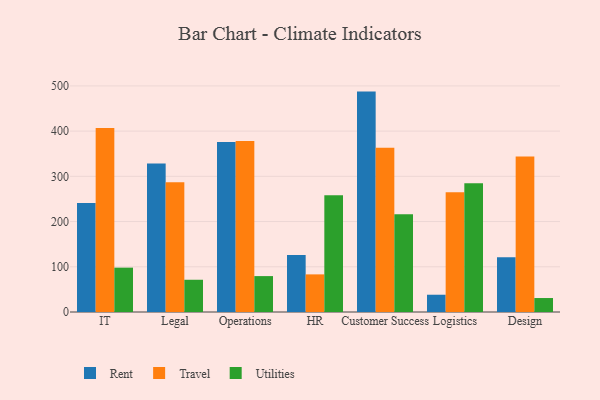
{"axis": {"x": "Department", "y": "Website Visitors"}, "legend": ["Rent", "Travel", "Utilities"], "data": [{"x": "IT", "y": 241.3, "type": "Rent"}, {"x": "IT", "y": 406.9, "type": "Travel"}, {"x": "IT", "y": 98.1, "type": "Utilities"}, {"x": "Legal", "y": 328.6, "type": "Rent"}, {"x": "Legal", "y": 287.0, "type": "Travel"}, {"x": "Legal", "y": 71.3, "type": "Utilities"}, {"x": "Operations", "y": 376.2, "type": "Rent"}, {"x": "Operations", "y": 378.4, "type": "Travel"}, {"x": "Operations", "y": 79.4, "type": "Utilities"}, {"x": "HR", "y": 126.0, "type": "Rent"}, {"x": "HR", "y": 83.2, "type": "Travel"}, {"x": "HR", "y": 258.3, "type": "Utilities"}, {"x": "Customer Success", "y": 487.4, "type": "Rent"}, {"x": "Customer Success", "y": 363.2, "type": "Travel"}, {"x": "Customer Success", "y": 216.0, "type": "Utilities"}, {"x": "Logistics", "y": 38.2, "type": "Rent"}, {"x": "Logistics", "y": 264.7, "type": "Travel"}, {"x": "Logistics", "y": 284.8, "type": "Utilities"}, {"x": "Design", "y": 121.3, "type": "Rent"}, {"x": "Design", "y": 343.7, "type": "Travel"}, {"x": "Design", "y": 30.9, "type": "Utilities"}]}